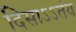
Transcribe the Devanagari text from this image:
दिसाऽऽतंय